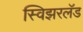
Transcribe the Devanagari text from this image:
स्विझरलॅड